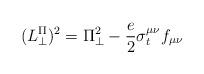
LaTeX: \begin{align*}(L_{\perp}^{\Pi})^{2} = \Pi_{\perp}^{2}-\frac{e}{2}\sigma_{t}^{\mu\nu}f_{\mu\nu}\end{align*}